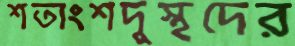
শতাংশদুস্থদের